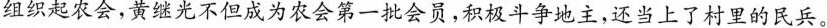
组织起农会，黄继光不但成为农会第一批会员，积极斗争地主，还当上了村里的民兵。